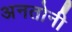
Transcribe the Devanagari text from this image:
अनतोनी